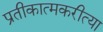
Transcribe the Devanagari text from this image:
प्रतीकात्मकरीत्या